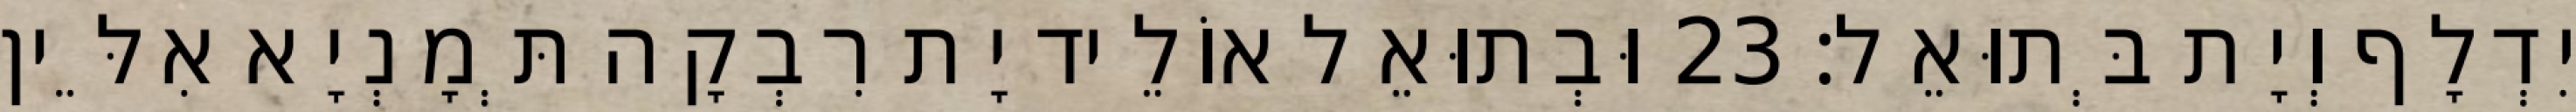
יִדְלָף וְיָת בְּתוּאֵל׃ 23 וּבְתוּאֵל אוֹלֵיד יָת רִבְקָה תְּמָנְיָא אִלֵּין